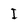
Character: I